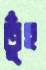
তুঁহু